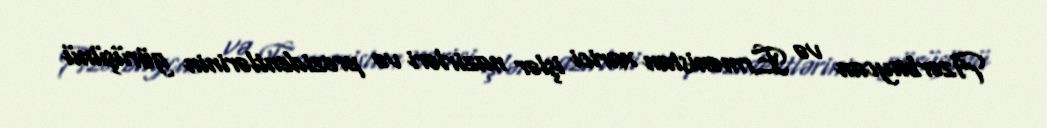
Azərbaycan və Ermənistan xarici işlər nazirləri və prezidentlərinin görüşünü